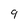
Character: 9